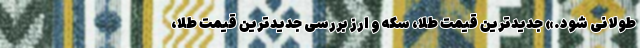
طولانی شود.» جدیدترین قیمت طلا، سکه و ارز بررسی جدیدترین قیمت طلا،